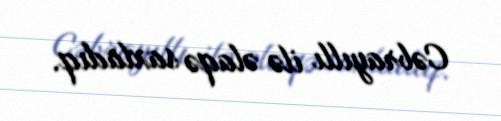
Cəbrayıllı ilə əlaqə saxladıq.